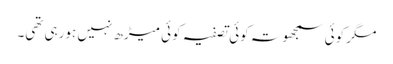
مگر کوئی سمجھوتہ کوئی تصفیہ کوئی میڑھ نہیں ہورہی تھی۔